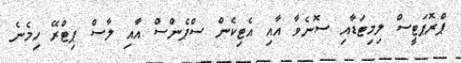
ޕްރޮޕަޓީސް ލިމިޓަޑާއި ސޮނެވާ އާއި އެޓިކެން ސްޕެންސް އާއި ލާސް ޕިޓްރޭ ހިމެނެ